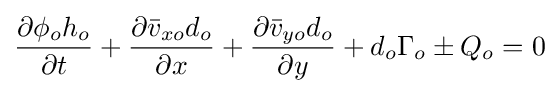
{\frac {\partial \phi _{o}h_{o}}{\partial t}}+{\frac {\partial {\bar {v}}_{xo}d_{o}}{\partial x}}+{\frac {\partial {\bar {v}}_{yo}d_{o}}{\partial y}}+d_{o}\Gamma _{o}\pm Q_{o}=0